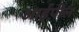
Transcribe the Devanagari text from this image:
आईपील